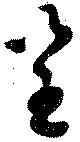
呈